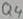
Text: Q4